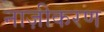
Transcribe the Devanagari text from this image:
नाज़ीकरण